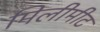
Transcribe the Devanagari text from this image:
मिलीमीट